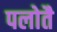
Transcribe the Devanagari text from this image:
पलोतै